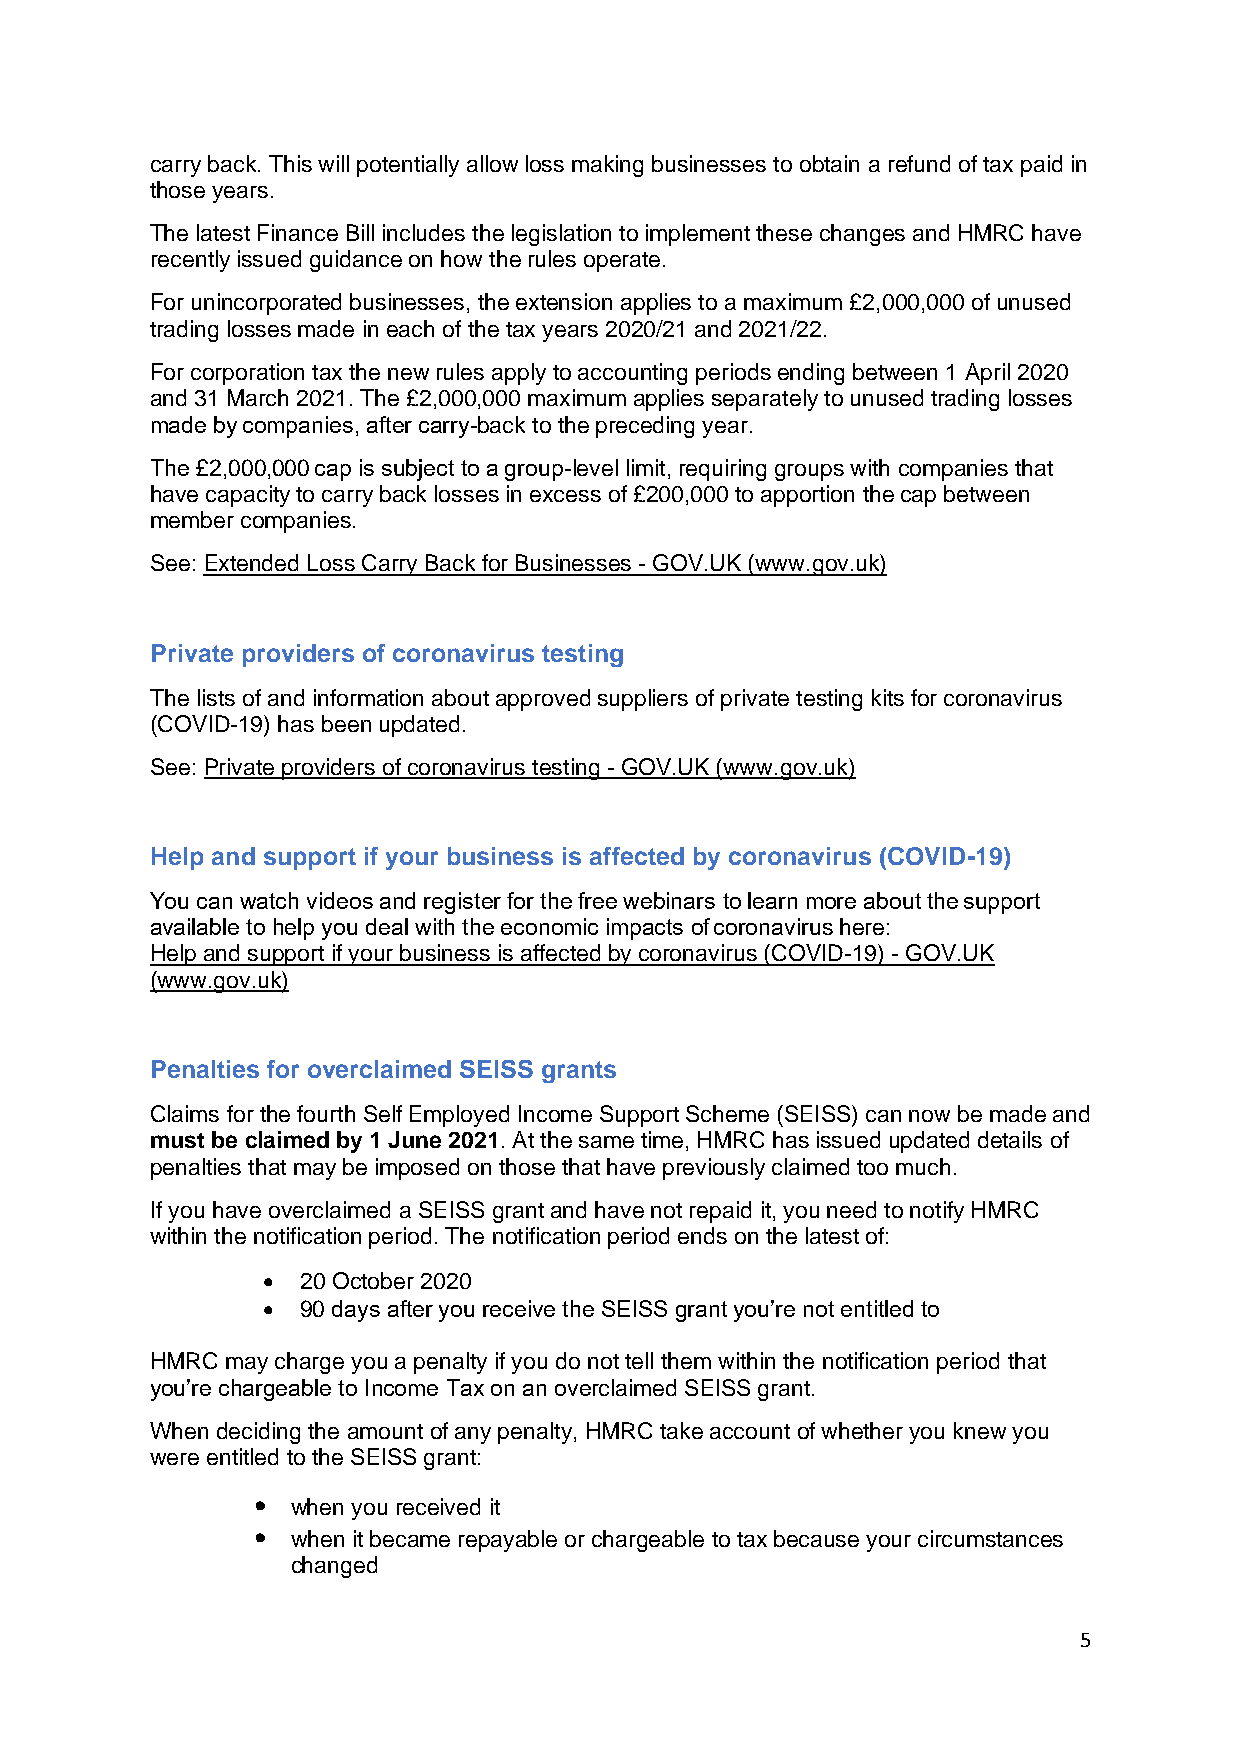
carry back. This will potentially allow loss making businesses to obtain a refund of tax paid in
 those years.
 The latest Finance Bill includes the legislation to implement these changes and HMRC have
 recently issued guidance on how the rules operate.
 For unincorporated businesses, the extension applies to a maximum £2,000,000 of unused
 trading losses made in each of the tax years 2020/21 and 2021/22.
 For corporation tax the new rules apply to accounting periods ending between 1 April 2020
 and 31 March 2021. The £2,000,000 maximum applies separately to unused trading losses
 made by companies, after carry-back to the preceding year.
 The £2,000,000 cap is subject to a group-level limit, requiring groups with companies that
 have capacity to carry back losses in excess of £200,000 to apportion the cap between
 member companies.
 See: Extended Loss Carry Back for Businesses - GOV.UK (www.gov.uk)
 Private providers of coronavirus testing
 The lists of and information about approved suppliers of private testing kits for coronavirus
 (COVID-19) has been updated.
 See: Private providers of coronavirus testing - GOV.UK (www.gov.uk)
 Help and support if your business is affected by coronavirus (COVID-19)
 You can watch videos and register for the free webinars to learn more about the support
 available to help you deal with the economic impacts of coronavirus here:
 Help and support if your business is affected by coronavirus (COVID-19) - GOV.UK
 (www.gov.uk)
 Penalties for overclaimed SEISS grants
 Claims for the fourth Self Employed Income Support Scheme (SEISS) can now be made and
 must be claimed by 1 June 2021. At the same time, HMRC has issued updated details of
 penalties that may be imposed on those that have previously claimed too much.
 If you have overclaimed a SEISS grant and have not repaid it, you need to notify HMRC
 within the notification period. The notification period ends on the latest of:
 •  20 October 2020
 •  90 days after you receive the SEISS grant you’re not entitled to
 HMRC may charge you a penalty if you do not tell them within the notification period that
 you’re chargeable to Income Tax on an overclaimed SEISS grant.
 When deciding the amount of any penalty, HMRC take account of whether you knew you
 were entitled to the SEISS grant:
 • when you received it
 • when it became repayable or chargeable to tax because your circumstances
 changed
 5